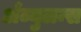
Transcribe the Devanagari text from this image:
अँब्युलन्स